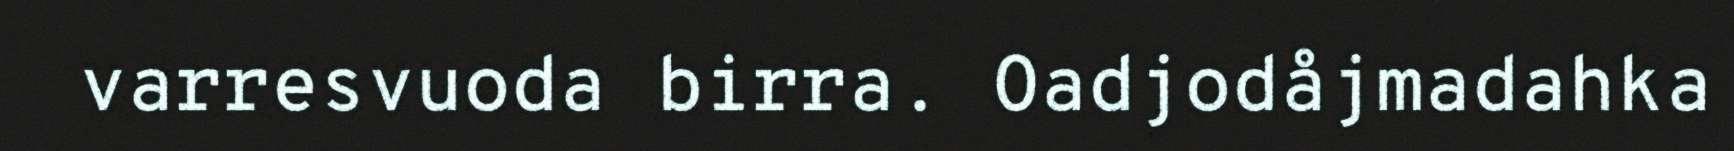
varresvuoda birra. Oadjodåjmadahka